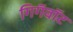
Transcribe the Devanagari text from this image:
गिगॅवॉट